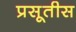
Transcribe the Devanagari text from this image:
प्रसूतीस